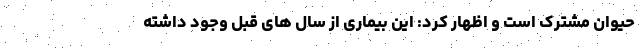
حیوان مشترک است و اظهار کرد: این بیماری از سال های قبل وجود داشته